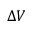
\Delta V